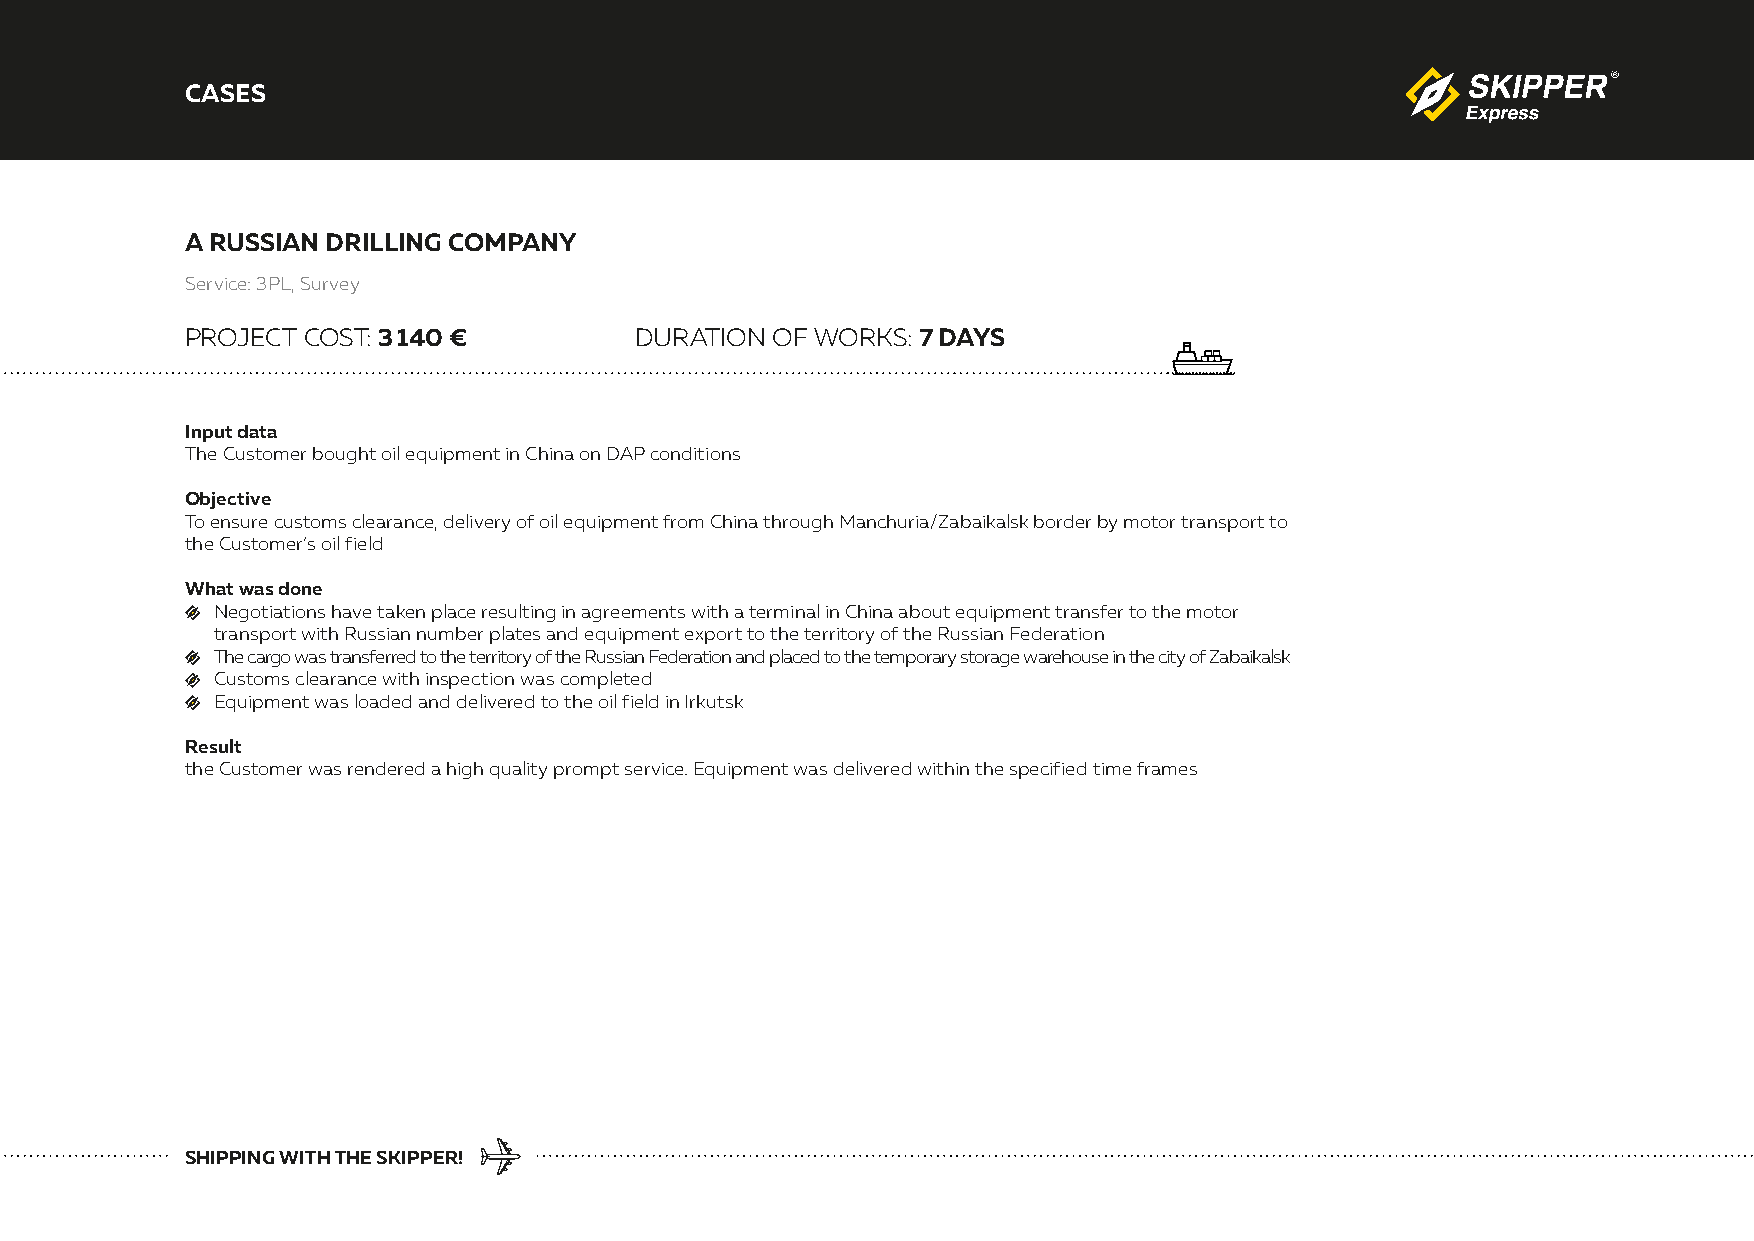
CASES
 A RUSSIAN DRILLING COMPANY
 Service: 3PL, Survey
 PROJECT COST: 3 140 €         DURATION OF WORKS: 7 DAYS
 Input data
 The Customer bought oil equipment in China on DAP conditions
 Objective
 To ensure customs clearance, delivery of oil equipment from China through Manchuria/Zabaikalsk border by motor transport to
 the Customer’s oil field
 What was done
 Negotiations have taken place resulting in agreements with a terminal in China about equipment transfer to the motor
 transport with Russian number plates and equipment export to the territory of the Russian Federation
 The cargo was transferred to the territory of the Russian Federation and placed to the temporary storage warehouse in the city of Zabaikalsk
 Customs clearance with inspection was completed
 Equipment was loaded and delivered to the oil field in Irkutsk
 Result
 the Customer was rendered a high quality prompt service. Equipment was delivered within the specified time frames
 SHIPPING WITH THE SKIPPER!